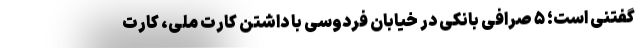
گفتنی است؛ ۵ صرافی بانکی در خیابان فردوسی با داشتن کارت ملی، کارت